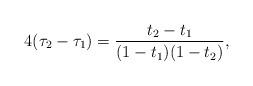
LaTeX: \begin{align*}4(\tau_2-\tau_1)=\frac{t_2-t_1}{(1-t_1)(1-t_2)},\end{align*}